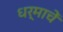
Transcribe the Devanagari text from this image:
धर्माचें